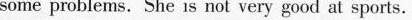
some problems. She is not very good at sports.